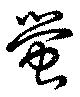
蛍